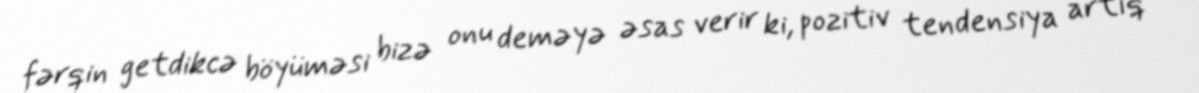
fərqin getdikcə böyüməsi bizə onu deməyə əsas verir ki, pozitiv tendensiya artıq